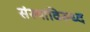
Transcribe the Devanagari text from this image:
संस्थांविरुध्द